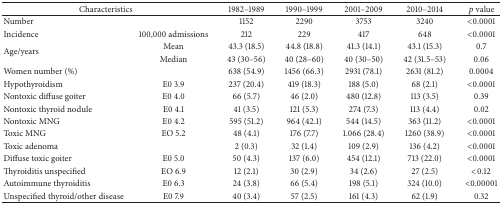
<table><thead><tr><td colspan="2"><b>Characteristics</b></td><td><b>1982–1989</b></td><td><b>1990–1999</b></td><td><b>2001–2009</b></td><td><b>2010–2014</b></td><td><b><i>p</i> value</b></td></tr></thead><tbody><tr><td>Number</td><td> </td><td>1152</td><td>2290</td><td>3753</td><td>3240</td><td>&lt;0.0001</td></tr><tr><td>Incidence</td><td>100,000 admissions</td><td>212</td><td>229</td><td>417</td><td>648</td><td>&lt;0.0001</td></tr><tr><td rowspan="2">Age/years</td><td>Mean</td><td>43.3 (18.5)</td><td>44.8 (18.8)</td><td>41.3 (14.1)</td><td>43.1 (15.3)</td><td>0.7</td></tr><tr><td>Median</td><td>43 (30–56)</td><td>40 (28–60)</td><td>40 (30–50)</td><td>42 (31.5–53)</td><td>0.06</td></tr><tr><td>Women number (%)</td><td> </td><td>638 (54.9)</td><td>1456 (66.3)</td><td>2931 (78.1)</td><td>2631 (81.2)</td><td>0.0004</td></tr><tr><td>Hypothyroidism</td><td>E0 3.9</td><td>237 (20.4)</td><td>419 (18.3)</td><td>188 (5.0)</td><td>68 (2.1)</td><td>&lt;0.0001</td></tr><tr><td>Nontoxic diffuse goiter</td><td>E0 4.0</td><td>66 (5.7)</td><td>46 (2.0)</td><td>480 (12.8)</td><td>113 (3.5)</td><td>0.39</td></tr><tr><td>Nontoxic thyroid nodule</td><td>E0 4.1</td><td>41 (3.5)</td><td>121 (5.3)</td><td>274 (7.3)</td><td>113 (4.4)</td><td>0.02</td></tr><tr><td>Nontoxic MNG</td><td>E0 4.2</td><td>595 (51.2)</td><td>964 (42.1)</td><td>544 (14.5)</td><td>363 (11.2)</td><td>&lt;0.0001</td></tr><tr><td>Toxic MNG</td><td>EO 5.2</td><td>48 (4.1)</td><td>176 (7.7)</td><td>1.066 (28.4)</td><td>1260 (38.9)</td><td>&lt;0.0001</td></tr><tr><td>Toxic adenoma</td><td> </td><td>2 (0.3)</td><td>32 (1.4)</td><td>109 (2.9)</td><td>136 (4.2)</td><td>&lt;0.0001</td></tr><tr><td>Diffuse toxic goiter</td><td>E0 5.0</td><td>50 (4.3)</td><td>137 (6.0)</td><td>454 (12.1)</td><td>713 (22.0)</td><td>&lt;0.0001</td></tr><tr><td>Thyroiditis unspecified</td><td>EO 6.9</td><td>12 (2.1)</td><td>30 (2.9)</td><td>34 (2.6)</td><td>27 (2.5)</td><td>&lt;0.12</td></tr><tr><td>Autoimmune thyroiditis</td><td>E0 6.3</td><td>24 (3.8)</td><td>66 (5.4)</td><td>198 (5.1)</td><td>324 (10.0)</td><td>&lt;0.00001</td></tr><tr><td>Unspecified thyroid/other disease</td><td>E0 7.9</td><td>40 (3.4)</td><td>57 (2.5)</td><td>161 (4.3)</td><td>62 (1.9)</td><td>0.32</td></tr></tbody></table>